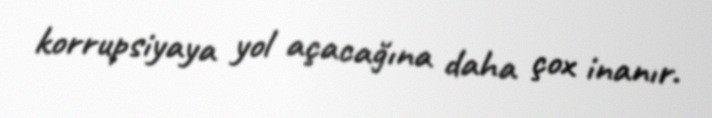
korrupsiyaya yol açacağına daha çox inanır.